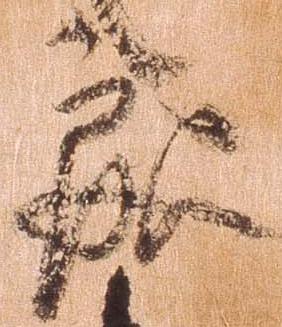
趣